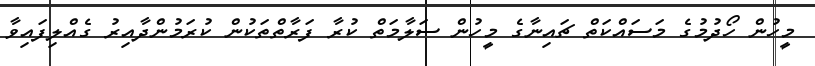
މީހުން ހޯދުމުގެ މަސައްކަތް ޗައިނާގެ މީހުން ސަލާމަތް ކުރާ ފަރާތްތަކުން ކުރަމުންދާއިރު ގެއްލިފައިވާ